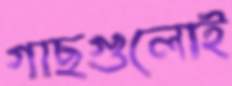
গাছগুলোই